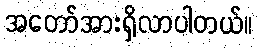
အတော်အားရှိလာပါတယ်။